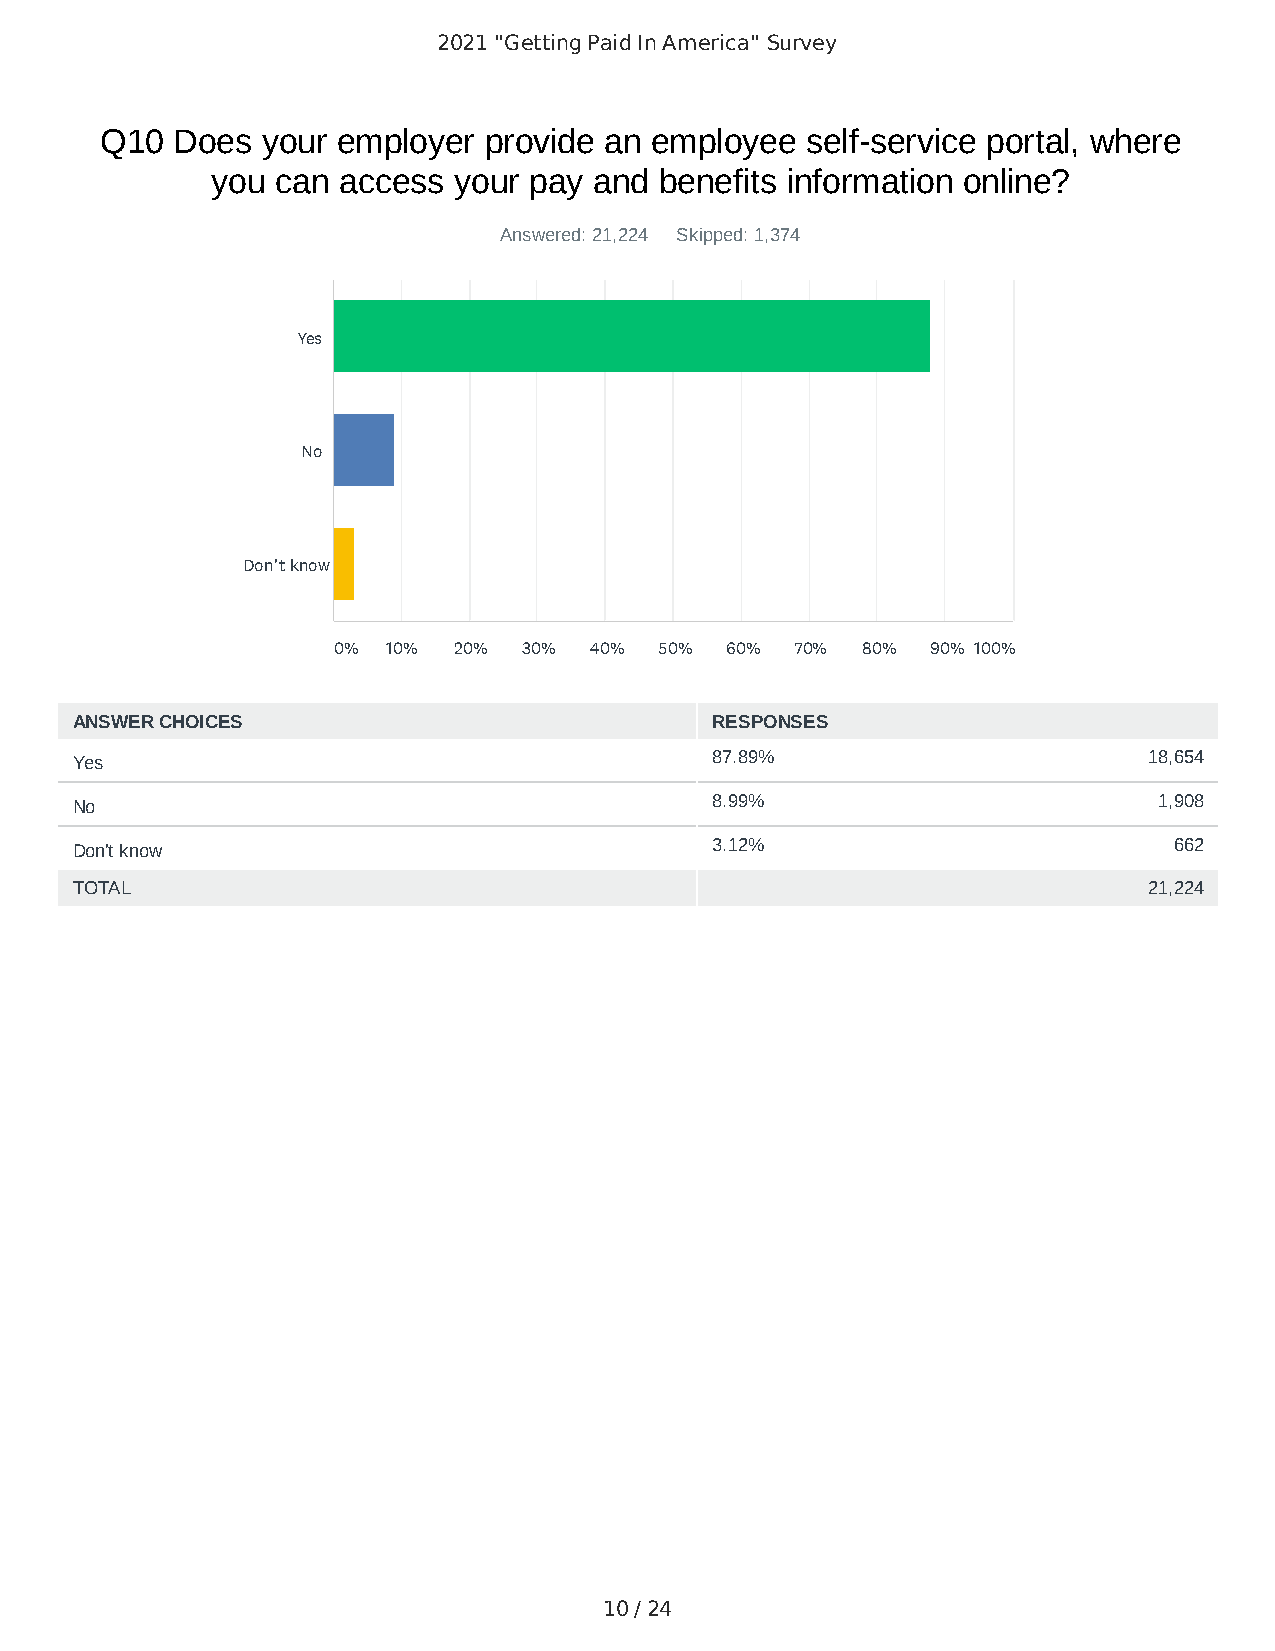
2021 "Getting Paid In America" Survey
 Q10 Does  your employer  provide an employee  self-service portal, where
 you can access  your pay and  benefits information online?
 Answered: 21,224 Skipped: 1,374
 Yes
 No
 Don't know
 0%  10% 20%  30% 40%  50% 60%  70% 80%  90% 100%
 ANSWER CHOICES                            RESPONSES
 Yes                                       87.89%                       18,654
 No                                        8.99%                         1,908
 Don't know                                3.12%                          662
 TOTAL                                                                  21,224
 10 / 24